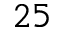
^ { 2 5 }